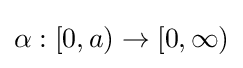
\alpha :[0,a)\rightarrow [0,\infty )